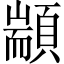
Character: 顓